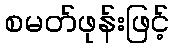
စမတ်ဖုန်းဖြင့်